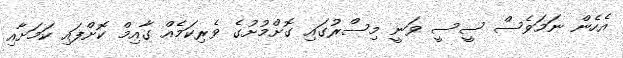
އެހެން ނަމަވެސް ސީސީ ވަނީ މިސްރުގައި ގޮށްމުށުގެ ވެރިކަމެއް ގާއިމް ކޮށްފައި ކަމަށާއި